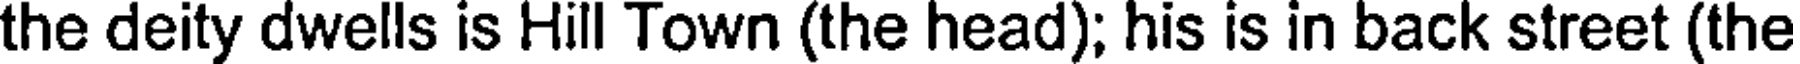
the deity dwells is Hill Town (the head); his is in back street (the